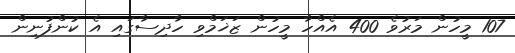
107 މީހުން މަރުވެ 400 އެއްހާ މީހުން ޒަޚަމްވި ހާދިސާގައި އެ ކުންފުނިން